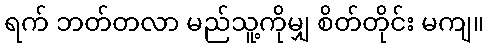
ရက် ဘတ်တလာ မည်သူ့ကိုမျှ စိတ်တိုင်း မကျ။